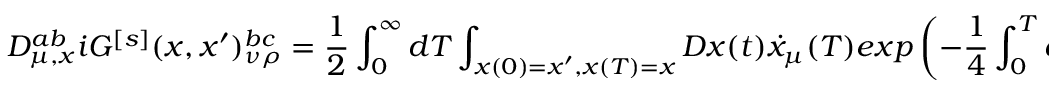
D _ { \mu , x } ^ { a b } i G ^ { [ s ] } ( x , x ^ { \prime } ) _ { \nu \rho } ^ { b c } = { \frac { 1 } { 2 } } \int _ { 0 } ^ { \infty } d T \int _ { x ( 0 ) = x ^ { \prime } , x ( T ) = x } D x ( t ) \dot { x } _ { \mu } ( T ) e x p \left( - { \frac { 1 } { 4 } } \int _ { 0 } ^ { T } d t \, \dot { x } ^ { 2 } \right) \Phi _ { \nu \rho } ^ { [ 1 ] } [ C ^ { x x ^ { \prime } } ] U [ C ^ { x x ^ { \prime } } ] ^ { a c }